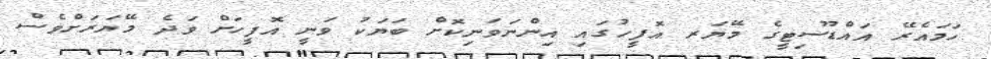
ހަމައެރޭ އައްޑޫސިޓީގެ މޭޔަރ އޮފީހުގައި އިންނަވަނިކޮށް ބަޔަކު ވަނީ އޮފީހަށް ވަދެ މޭޔަރަށްވެސް